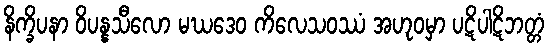
နိက္ခိပနာ ဝိပန္နသီလော မဃဒေဝ ကိလေသဝဿံ အဟုဝမှာ ပဋိပါဋိဘတ္တံ